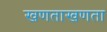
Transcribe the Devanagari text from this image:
खणताखणता